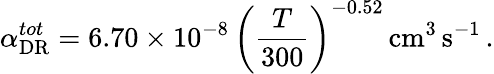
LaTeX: \alpha_{\mathrm{DR}}^{tot}=6.70\times 10^{-8}\, \left(\frac{T}{300}\right)^{-0.52}\, \mathrm{cm}^{3}\, \mathrm{s}^{-1}\, .